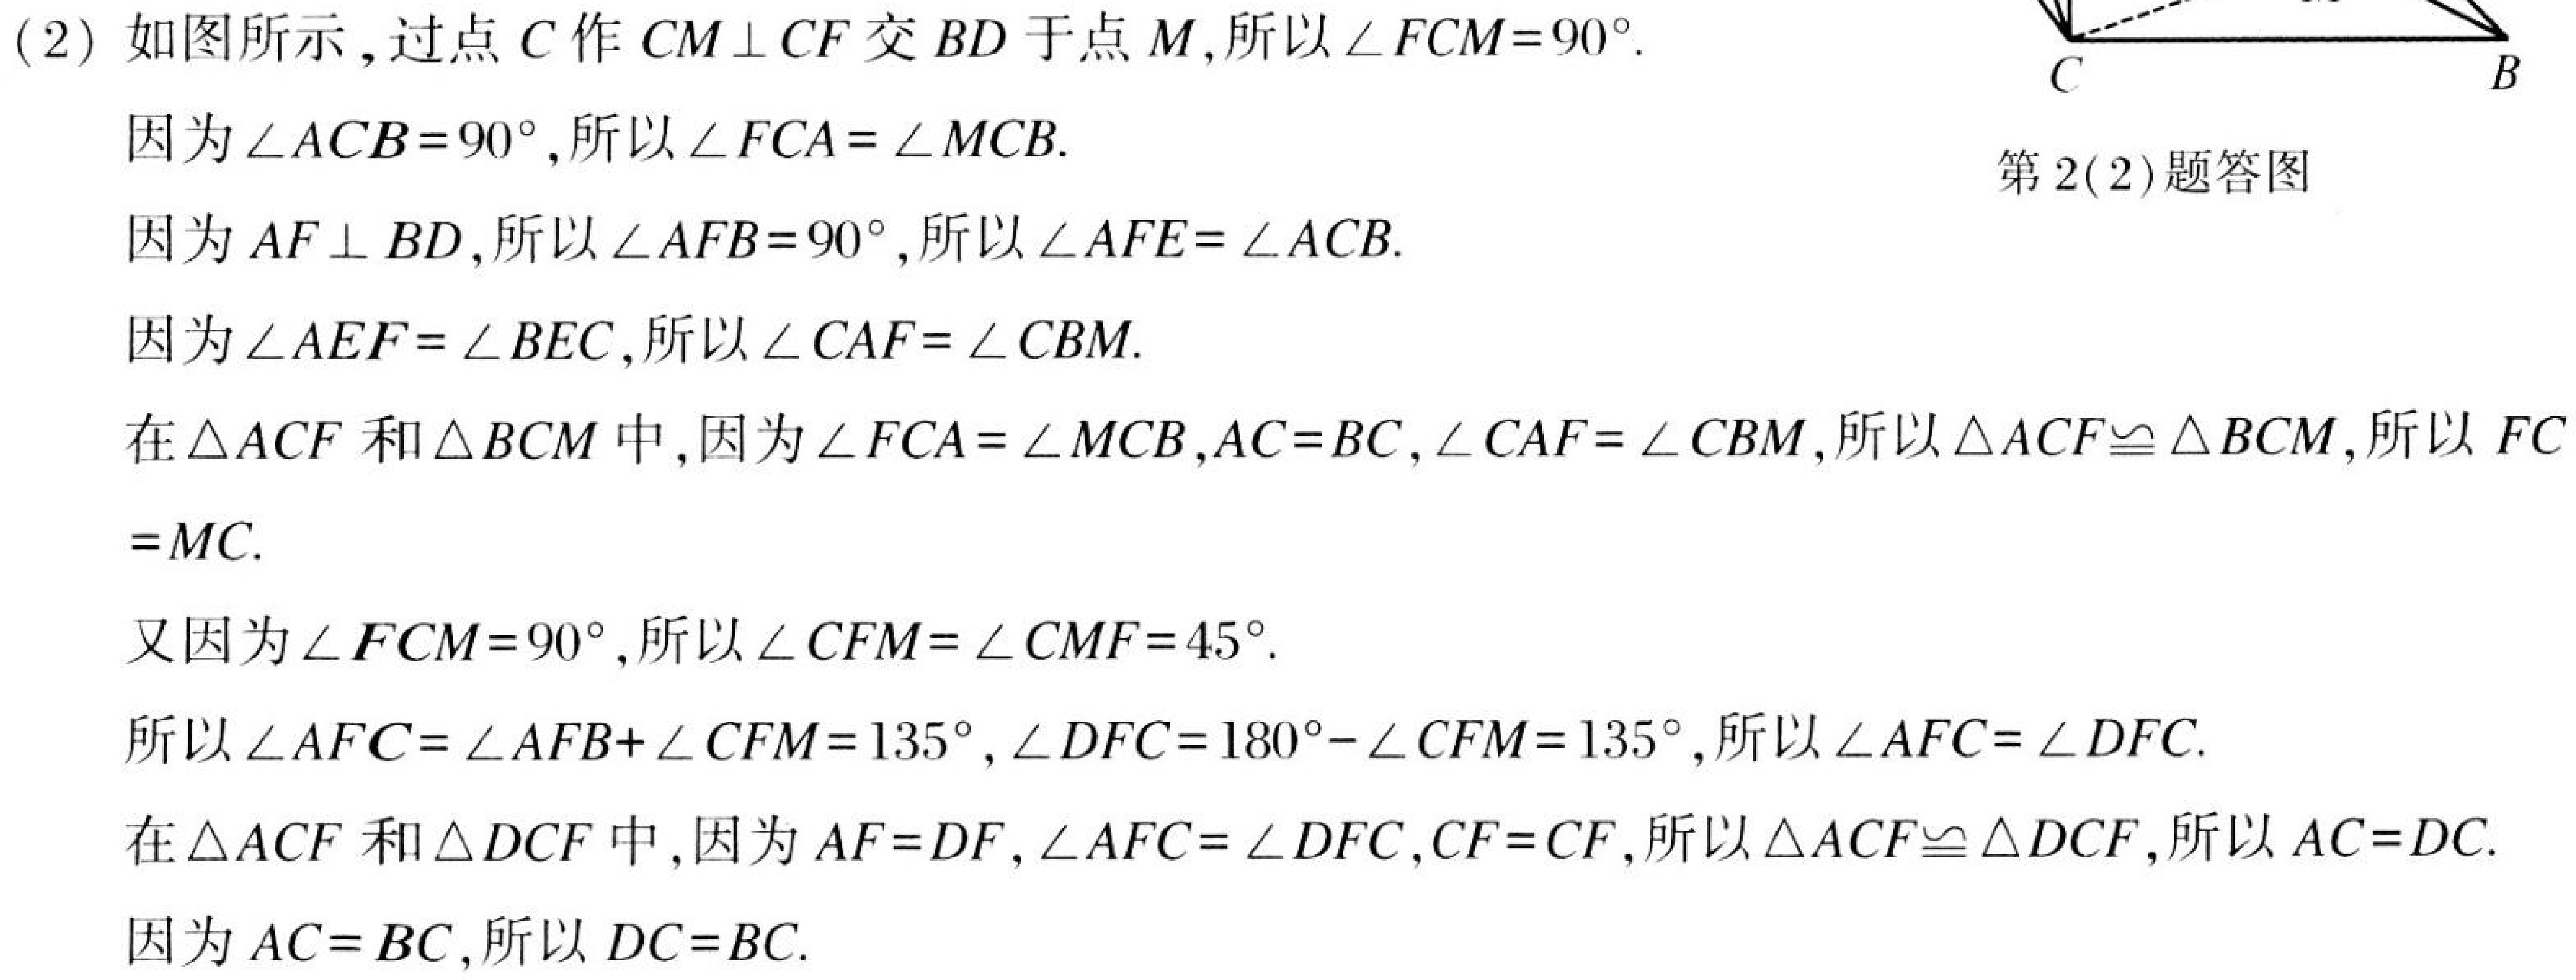
(2) 如图所示,过点\(C\)作\(CM\perp CF\)交\(BD\)于点\(M\),所以\(\angle FCM = 90^{\circ}\).
因为\(\angle ACB = 90^{\circ}\),所以\(\angle FCA=\angle MCB\).
因为\(AF\perp BD\),所以\(\angle AFB = 90^{\circ}\),所以\(\angle AFE=\angle ACB\).
因为\(\angle AEF=\angle BEC\),所以\(\angle CAF=\angle CBM\).
在\(\triangle ACF\)和\(\triangle BCM\)中,因为\(\angle FCA=\angle MCB\),\(AC = BC\),\(\angle CAF=\angle CBM\),所以\(\triangle ACF\cong\triangle BCM\),所以 \(FC = MC\).
又因为\(\angle FCM = 90^{\circ}\),所以\(\angle CFM=\angle CMF = 45^{\circ}\).
所以\(\angle AFC=\angle AFB+\angle CFM = 135^{\circ}\),\(\angle DFC = 180^{\circ}-\angle CFM = 135^{\circ}\),所以\(\angle AFC=\angle DFC\).
在\(\triangle ACF\)和\(\triangle DCF\)中,因为\(AF = DF\),\(\angle AFC=\angle DFC\),\(CF = CF\),所以\(\triangle ACF\cong\triangle DCF\),所以 \(AC = DC\).
因为\(AC = BC\),所以 \(DC = BC\).
 第2(2)题答图